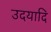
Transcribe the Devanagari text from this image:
उदयादि